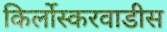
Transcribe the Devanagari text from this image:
किर्लोस्करवाडीस